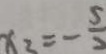
x _ { 2 } = - \frac { 5 } { 2 }